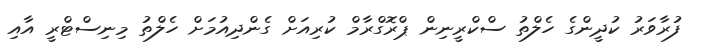
ފުރާވަރު ކުދީންގެ ހެލްތު ސްކްރީނިން ޕްރޮގްރާމް ކުރިއަށް ގެންދިއުމަށް ހެލްތު މިނިސްޓްރީ އާއި